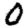
Digit: 0